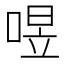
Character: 喅